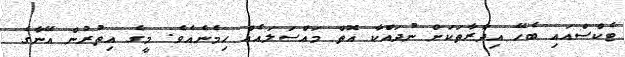
ޓެކްސްއައި ބެހޭ އިދާރާތަކަށް ނުދައްކާ އޮތް މައްސަލައެއް ހިމެނެއެވެ. މީގެ އިތުރުން އޭނާގެ